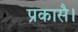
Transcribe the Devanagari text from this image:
प्रकासै।